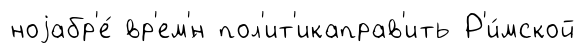
ноjабр'е́ вр'ем'́н пол'ит'икаправ'ить Р'и́мской